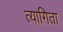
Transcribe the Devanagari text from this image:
त्यागिता